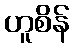
ဟူစိန်